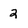
Character: 2